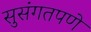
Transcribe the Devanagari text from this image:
सुसंगतपणे